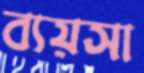
ব্যয়সা